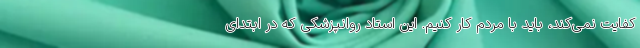
کفایت نمی‌کند، باید با مردم کار کنیم. این استاد روانپزشکی که در ابتدای